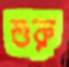
শুরু